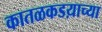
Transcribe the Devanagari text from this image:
कातळकडय़ाच्या